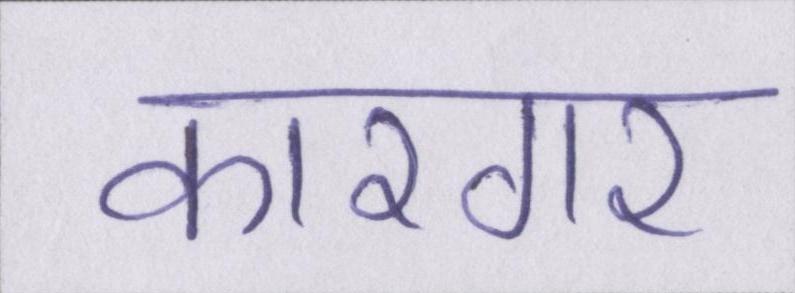
कारगर